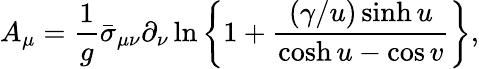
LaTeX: A_{\mu}=\frac{1}{g}\bar{\sigma}_{\mu\nu}\partial_{\nu}\ln\left\{ 1+\frac{(\gamma/u)\sinh u}{\cosh u-\cos v}\right\} ,